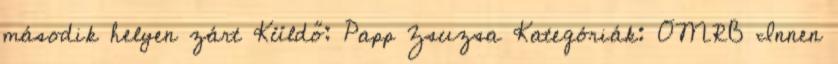
második helyen zárt Küldő: Papp Zsuzsa Kategóriák: OMRB Innen